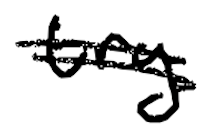
Text: try
Cross-out: double-line
Writing tool: digital_black